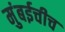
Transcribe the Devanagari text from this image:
मुंबईचीच